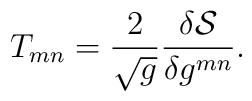
T_{mn} =  \frac{2}{\sqrt{g}} \frac{\delta    {\mathcal{S}}}{\delta g^{mn}}.